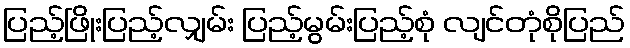
ပြည့်ဖြိုးပြည့်လျှမ်း ပြည့်မွမ်းပြည့်စုံ လျင်တုံစိုပြည်